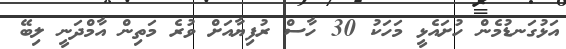
އަޅުގަނޑުމެން ހުށައެޅީ މަހަކު 30 ހާސް ރުފިޔާއަށް ވުރެ މަތިން އާމްދަނީ ލިބޭ